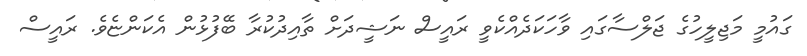
ގައުމީ މަޖިލީހުގެ ޖަލްސާގައި ވާހަކަދެއްކެވީ ރައީސް ނަޝީދަށް ތާއިދުކުރާ ބޭފުޅުން އެކަންޏެވެ. ރައީސް